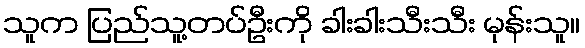
သူက ပြည်သူ့တပ်ဦးကို ခါးခါးသီးသီး မုန်းသူ။